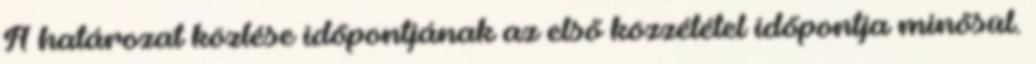
A határozat közlése időpontjának az első közzététel időpontja minősül.